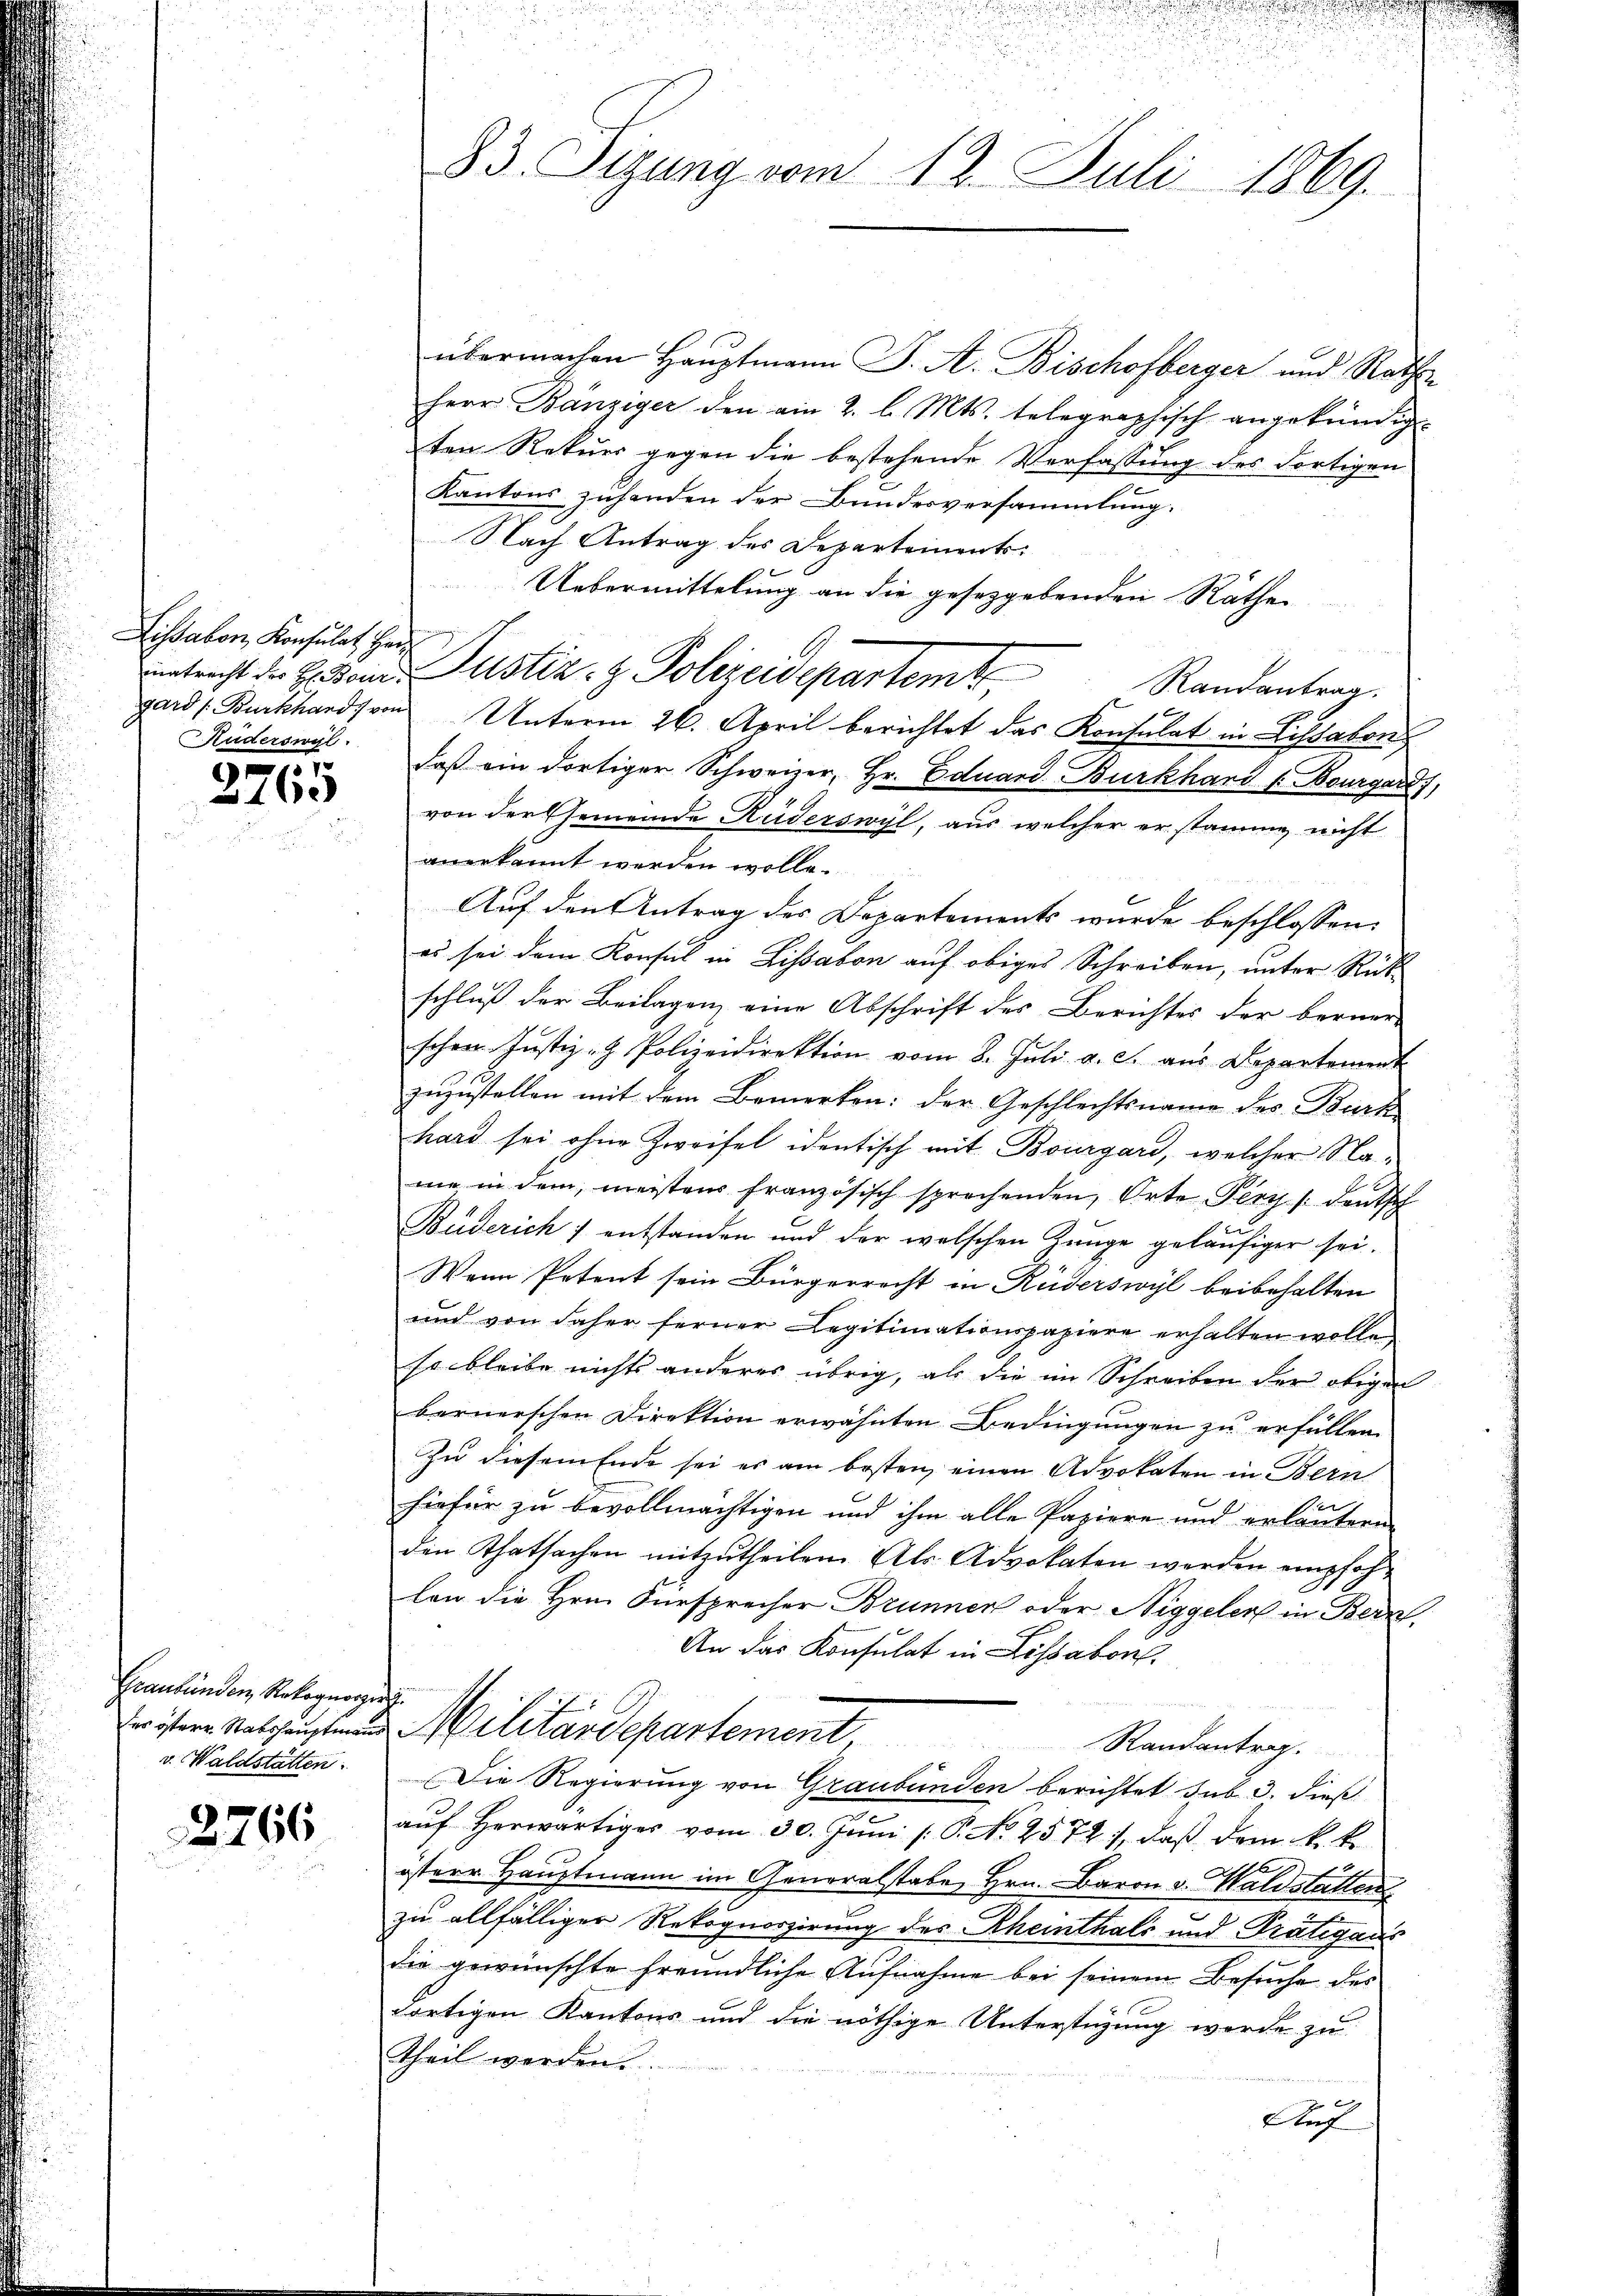
Lissabon, Konsulat Her¬
Kuderswyl

157
11

Graubünden Rekognorgang
v. Waldstätten.

2766

83. Sizung vom 12. Juli 1869.

übermachen Hauptmann J. A. Bischofberger und Raths¬
Herr Banziger den am 2. l. Mts. telegraphisch angekündig.
ten Rekurs gegen die bestehende Verfassung des dortigen
Kantons zuhanden der Bundesversammlung.
Nach Antrag des Departements-
Uebermittelung an die gesetzgebenden Räthen
Betracht der Besonde Justiz- & Polizeidepartemt
Randantrag.
gard (Burkhards von Unterm 26. April berichtet das Konsulat in Lissabon
daß ein dortiger Schweizer, Hr. Eduard Burkhard v. Bourgárd),
von der Gemeinde Ruderswyl, aus welcher er stamme nicht
anerkannt werden wolle.
Auf den Antrag des Departements wurde beschlossen:
es sei dem Konsul in Lissabon auf obiges Schreiben, unter Rückschluß der Beilagen eine Abschrift des Berichtes der berner-
schen Justiz- Polizeidirektion vom 8. Jŭli a. c. aŭs Departement
zuzustellen mit dem Bemerken: der Geschlechtsname des Burk
hard sei ohne Zweifel identisch mit Bourgard, welcher Name in dem, meistens französisch sprechenden, Orte Pery / deutsch
Buderich : entstanden und der welschen Zeuge geläufiger sei.
Wann Petent sein Bürgerrecht in Rüderswyl beibehalten
und von daher ferner Legitimationspapiere erhalten wollen
so bleibe nichts anderes übrig, als die im Schreiben der obigen
bernerschen Direktion erwähnten Bedingungen zu erfüllen.
In diesem Ende sei er am besten einen Advokaten in Bern
e
hiefür zu bevollmächtigen und ihm alle Papiere und erläutern
den Thatsachen mitzutheilen. Als Advokaten werden empfohlen die Hrn. Fürsprecher Brunnen oder Niggeler in Bern,
An das Konsulat in Lissabon.
Fristern Rathaupten und Militärdepartement
Randantrag.
Die Regierung von Graubünden berichtet sub 3. dieß
aŭf herwärtiger vom 30. Jŭni /: P. No 2574), daβ dem k. k.
österer Hauptmann im Generalstabe Hrn. Baron v. Waldstatten
zu allfälliger Rekognoszirung des Rheinthals und Pratigaus
die gewünschte freundliche Aufnahme bei seinem Besuche des
dortigen Kantons und die nöthige Unterstüzung werde zu
Theil werden.
29
Auf